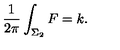
{ \frac { 1 } { 2 \pi } } \int _ { \Sigma _ { 2 } } F = k .